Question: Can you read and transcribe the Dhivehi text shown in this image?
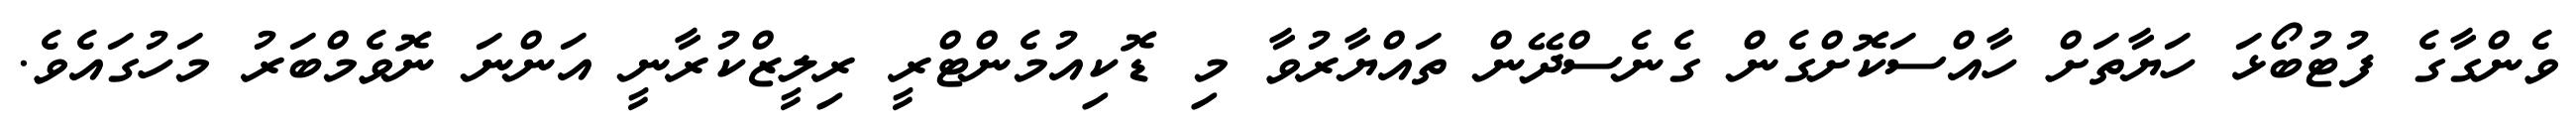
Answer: ވެންގާގެ ފުޓުބޯޅަ ހަޔާތަށް ހާއްސަކޮށްގެން ގެނެސްދޭން ތައްޔާރުވާ މި ޑޮކިއުމެންޓްރީ ރިލީޒްކުރާނީ އަންނަ ނޮވެމްބަރު މަހުގައެވެ.